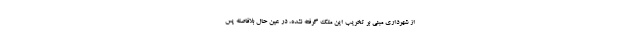
از شهرداری مبنی بر تخریب این ملک گرفته نشده، در عین حال بلافاصله پس